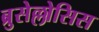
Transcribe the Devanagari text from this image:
ब्रुसेल्लोसिस